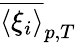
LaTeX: \overline{{\langle\xi_{i}\rangle}}_{p,T}